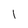
Character: l